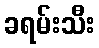
ခရမ်းသီး